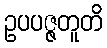
ဥပပဇ္ဇတူတိ